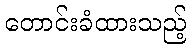
တောင်းခံထားသည့်